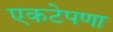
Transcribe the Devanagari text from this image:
एकटेपणा